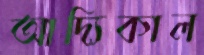
আদ্যিকাল